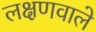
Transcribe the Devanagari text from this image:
लक्षणवाले